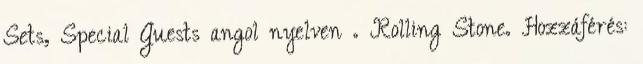
Sets, Special Guests angol nyelven . Rolling Stone. Hozzáférés: